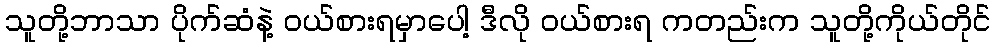
သူတို့ဘာသာ ပိုက်ဆံနဲ့ ဝယ်စားရမှာပေါ့ ဒီလို ဝယ်စားရ ကတည်းက သူတို့ကိုယ်တိုင်